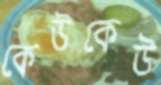
কেউকেউ